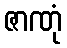
ဇာဏုံ